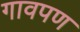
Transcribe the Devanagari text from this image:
गावपण